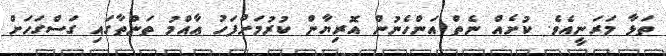
ތަޅާ މަރަނީއެވެ. ކުށެއް ނެތް އަންހެނުން އޮރިޔާން ކުރުމަށްފަހު ޢާއްމު ތަންތާގައި ގަސްގަހަށް